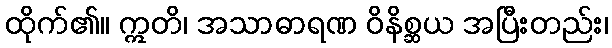
ထိုက်၏။ ဣတိ၊ အသာဓာရဏ ဝိနိစ္ဆယ အပြီးတည်း၊